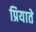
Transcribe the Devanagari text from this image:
प्रियाते